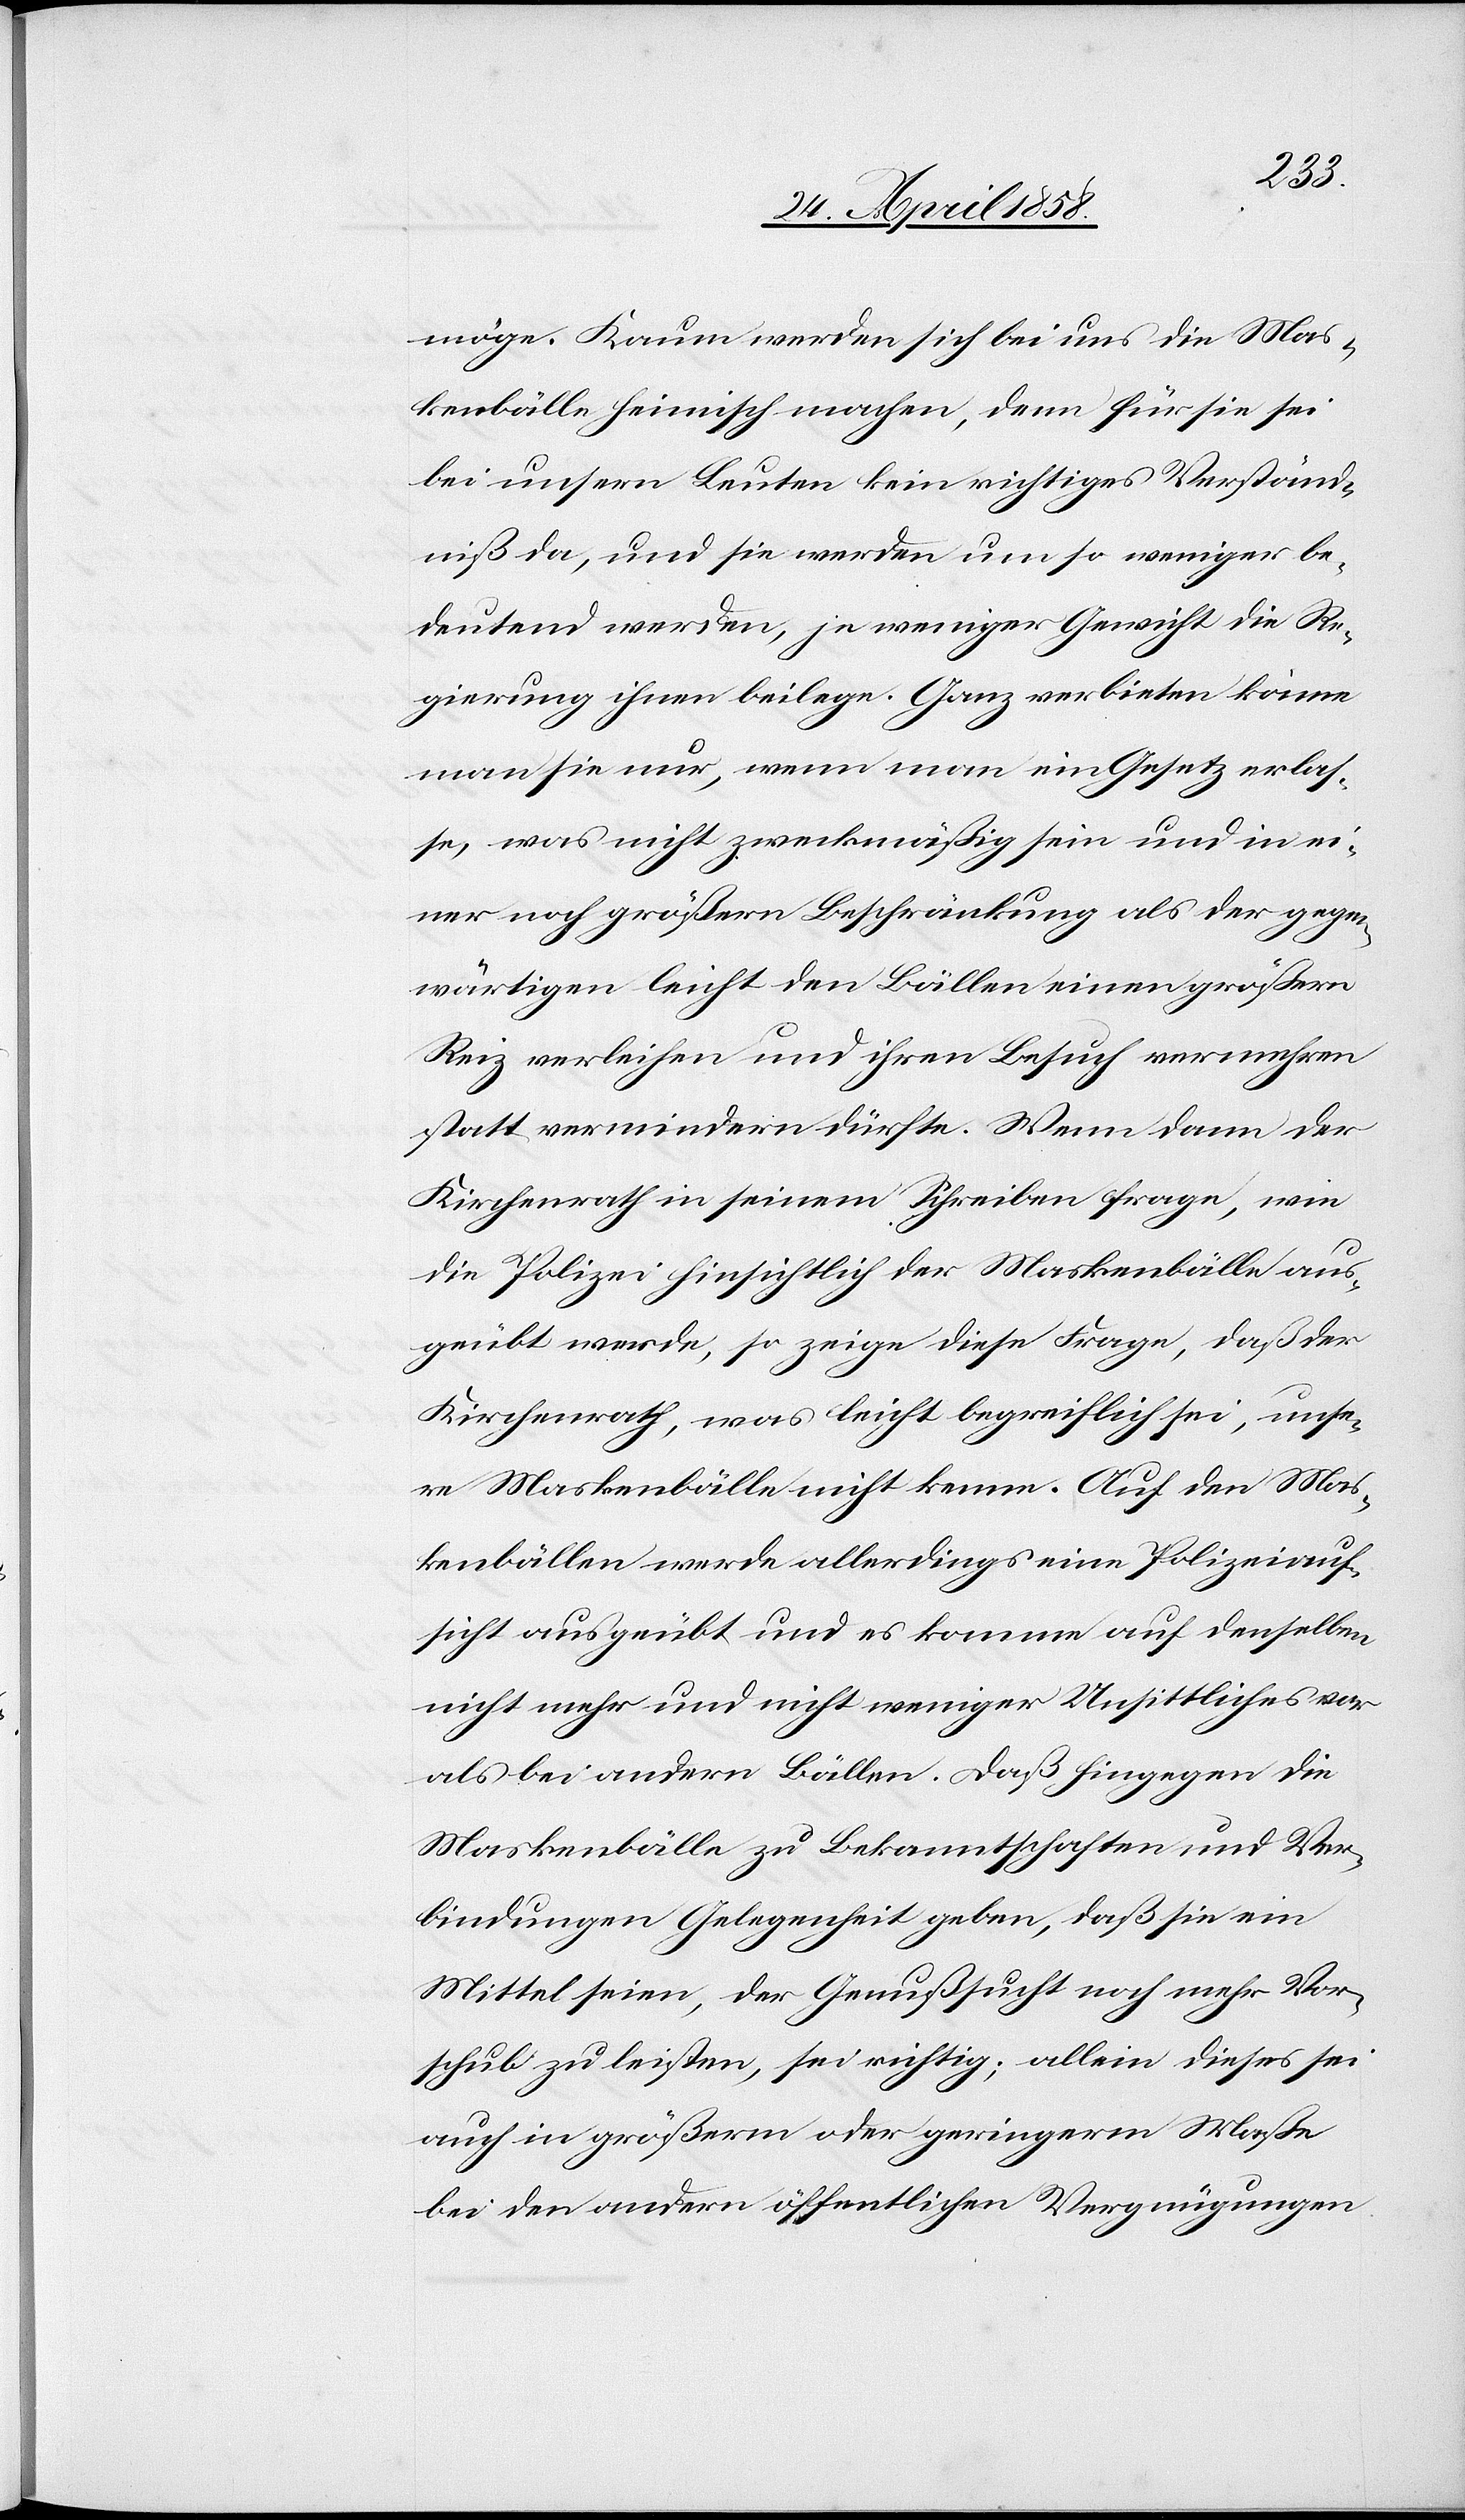
möge. Kaum werden sich bei uns die Mas¬
kenbälle heimisch machen, denn für sie sei
bei unsern Bauten kein richtiges Verständ¬
niß da, und sie werden um so weniger be¬
deutend werden, je weniger Gewicht die Re¬
gierung ihnen beilege. Ganz verbieten könne
man sie nur, wenn man ein Gesetz erlas¬
se, was nicht zweckmäßig sein und in ei¬
ner noch größern Beschränkung als der gegen¬
wärtigen leicht den Bällen einen größern
Reiz verleihen und ihren Besuch vermehren
statt vermindern dürfte. Wenn dann der
Kirchenrath in seinem Schreiben frage, wie
die Polizei hinsichtlich der Maskenbälle aus¬
geübt werde, so zeige diese Frage, daß der
Kirchenrath, was leicht begreiflich sei, unse¬
re Maskenbälle nicht kenne. Auf den Mas¬
kenbällen werde allerdings eine Polizeiauf¬
sicht ausgeübt und es komme auf denselben
nicht mehr und nicht weniger Unsittliches vor
als bei andern Bällen. Daß hingegen die
Maskenbälle zu Bekanntschaften und Ver¬
bindungen Gelegenheit geben, daß sie ein
Mittel seien, der Genußsucht noch mehr Vor¬
schub zu leisten, sei richtig; allein dieses sei
auch in größerm oder geringerm Maße
bei den andern öffentlichen Vergnügungen